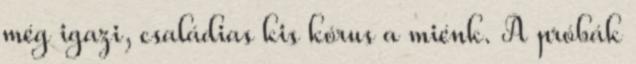
még igazi, családias kis kórus a miénk. A próbák